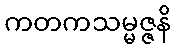
ကတကသမ္မဇ္ဇနိ